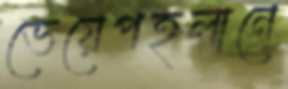
ভেয়েপহলানে